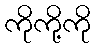
ကိုကို့ကို